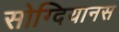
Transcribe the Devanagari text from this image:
सोग्दियानस